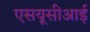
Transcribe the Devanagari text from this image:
एसयूसीआई